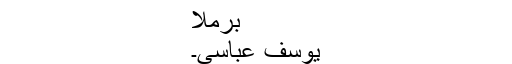
برملا
یوسف عباسی۔